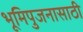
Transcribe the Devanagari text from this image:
भूमिपुजनासाठी